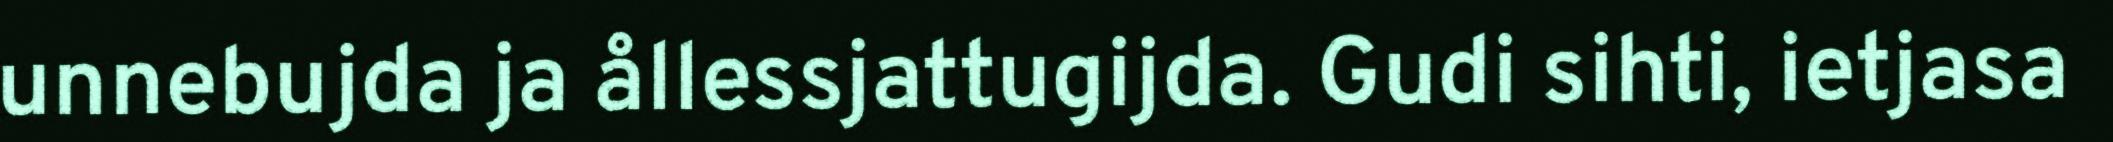
unnebujda ja ållessjattugijda. Gudi sihti, ietjasa